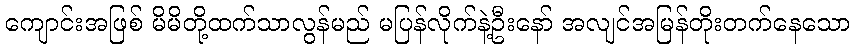
ကျောင်းအဖြစ် မိမိတို့ထက်သာလွန်မည် မပြန်လိုက်နဲ့ဦးနော် အလျင်အမြန်တိုးတက်နေသော